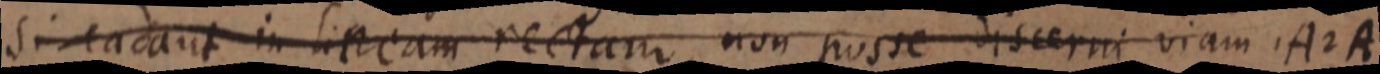
si cadant in lineam rectam non posse discerni viam 1A 2A